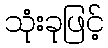
သုံးခုဖြင့်